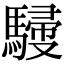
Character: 𩤿